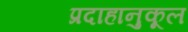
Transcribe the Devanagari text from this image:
प्रदाहानुकूल